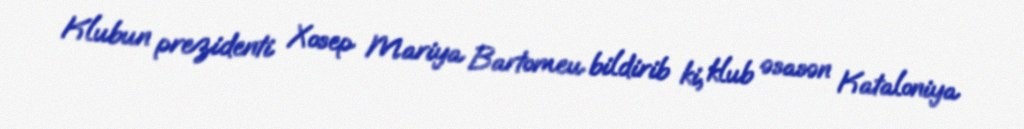
Klubun prezidenti Xosep Mariya Bartomeu bildirib ki, klub əsasən Kataloniya